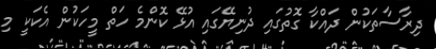
ދިރާސާތަކުން ދައްކާ ގޮތުގައި ދުނިޔޭގައި އުޅޭ ކޮންމެ ހަތް މީހަކުން އެކަކީ މި